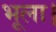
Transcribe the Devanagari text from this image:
भूला।